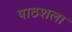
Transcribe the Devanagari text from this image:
पाठशला